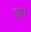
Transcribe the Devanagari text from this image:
पाषी